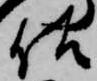
佐